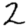
Digit: 2